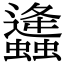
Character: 𧔧